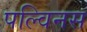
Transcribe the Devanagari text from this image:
पल्विनस